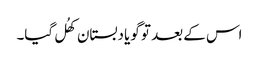
اس کے بعد تو گویا دبستان کھُل گیا۔